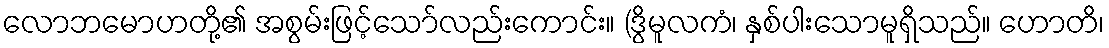
လောဘမောဟတို့၏ အစွမ်းဖြင့်သော်လည်းကောင်း။ (ဒွိမူလကံ၊ နှစ်ပါးသောမူရှိသည်။ ဟောတိ၊